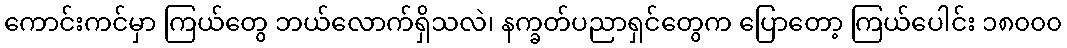
ကောင်းကင်မှာ ကြယ်တွေ ဘယ်လောက်ရှိသလဲ၊ နက္ခတ်ပညာရှင်တွေက ပြောတော့ ကြယ်ပေါင်း ၁၈၀၀၀